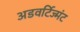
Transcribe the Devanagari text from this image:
अडवर्टिज्मंट